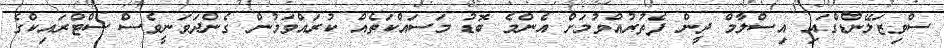
ސްވިޒަލޭންޑްގައި އިސްލާމް ދީން ފެތުރުއްވުމަށް އެންމެ ބޮޑު މަސައްކަތެއް ކުރައްވަމުން ގެންދަވަނީވެސް ސްޓްރައިކްގެ